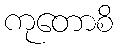
ကုတောစိ